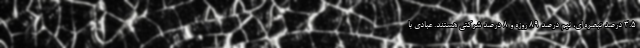
۳.۵ درصد تبصره ای، نیم درصد ۸۹ روزه و ۸ درصد شرکتی هستند. عبادی با